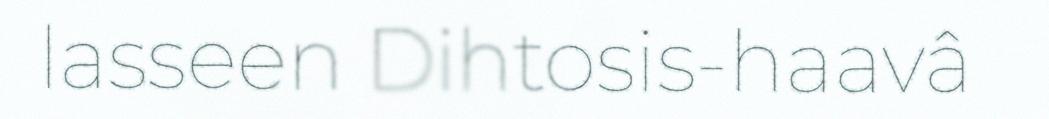
lasseen Dihtosis-haavâ